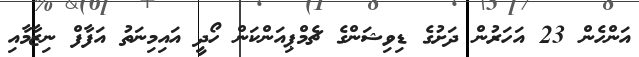
އަންހެން 23 އަހަރުން ދަށުގެ ޑިވިޝަންގެ ޗެމްޕިއަންކަން ހޯދީ އައިމިނަތު އަފާފް ނިޒާމާއި